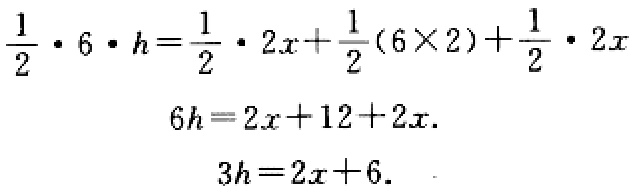
\[
\begin{align*}
\frac{1}{2}\cdot6\cdot h&=\frac{1}{2}\cdot2x+\frac{1}{2}(6\times2)+\frac{1}{2}\cdot2x\\
6h&=2x + 12+2x\\
3h&=2x+6
\end{align*}
\]